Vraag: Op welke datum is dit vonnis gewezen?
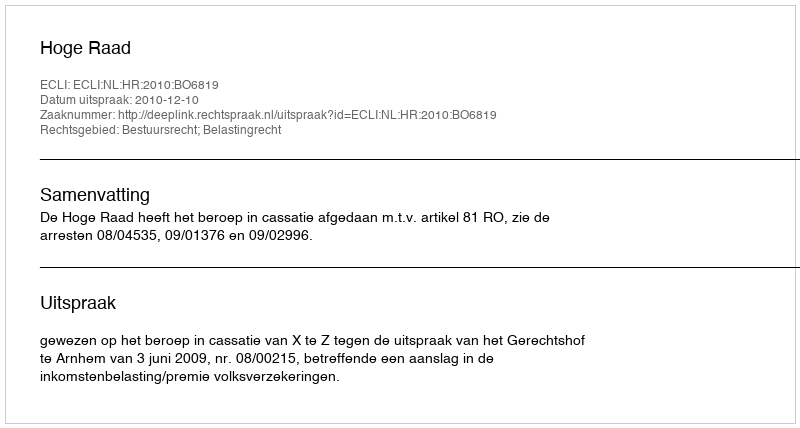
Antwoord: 2010-12-10